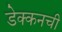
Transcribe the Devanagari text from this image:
डेक्कनची